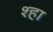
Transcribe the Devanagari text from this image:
श्हा